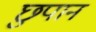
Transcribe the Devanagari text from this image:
छुपान